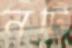
নটি